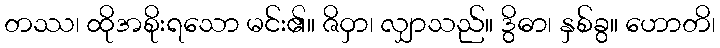
တဿ၊ ထိုအစိုးရသော မင်း၏။ ဇိဝှာ၊ လျှာသည်။ ဒွိဓာ၊ နှစ်ခွ။ ဟောတိ၊